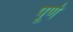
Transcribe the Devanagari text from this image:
पूर्णे